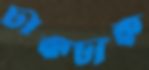
ঢাকঢাক